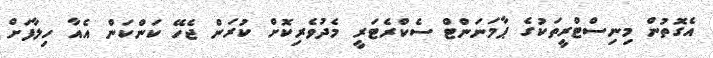
އެގޮތުން މިނިސްޓްރީތަކުގެ ޕާމަނަންޓް ސެކްރެޓަރީ މެދުވެރިކޮށް ކުރަން ޖެހޭ ކަންކަން އެއާ ހިލާފަށް